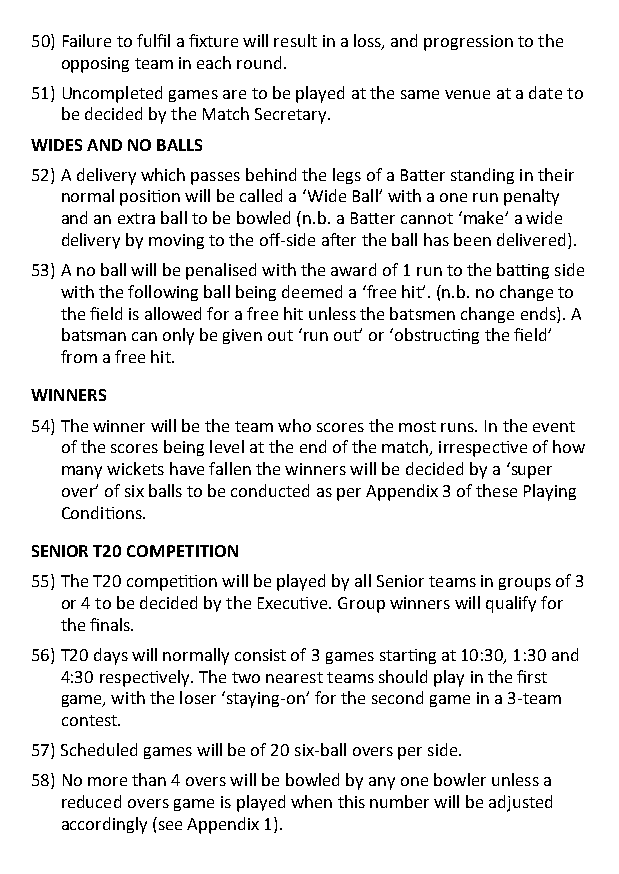
50) Failure to fulfil a fixture will result in a loss, and progression to the
 opposing team in each round.
 51) Uncompleted games are to be played at the same venue at a date to
 be decided by the Match Secretary.
 WIDES AND NO BALLS
 52) A delivery which passes behind the legs of a Batter standing in their
 normal position will be called a ‘Wide Ball’ with a one run penalty
 and an extra ball to be bowled (n.b. a Batter cannot ‘make’ a wide
 delivery by moving to the off-side after the ball has been delivered).
 53) A no ball will be penalised with the award of 1 run to the batting side
 with the following ball being deemed a ‘free hit’. (n.b. no change to
 the field is allowed for a free hit unless the batsmen change ends). A
 batsman can only be given out ‘run out’ or ‘obstructing the field’
 from a free hit.
 WINNERS
 54) The winner will be the team who scores the most runs. In the event
 of the scores being level at the end of the match, irrespective of how
 many wickets have fallen the winners will be decided by a ‘super
 over’ of six balls to be conducted as per Appendix 3 of these Playing
 Conditions.
 SENIOR T20 COMPETITION
 55) The T20 competition will be played by all Senior teams in groups of 3
 or 4 to be decided by the Executive. Group winners will qualify for
 the finals.
 56) T20 days will normally consist of 3 games starting at 10:30, 1:30 and
 4:30 respectively. The two nearest teams should play in the first
 game, with the loser ‘staying-on’ for the second game in a 3-team
 contest.
 57) Scheduled games will be of 20 six-ball overs per side.
 58) No more than 4 overs will be bowled by any one bowler unless a
 reduced overs game is played when this number will be adjusted
 accordingly (see Appendix 1).